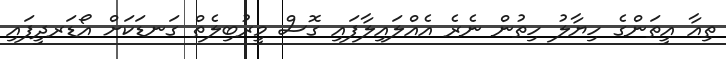
ތިއާ އީތަންގެ ހިޔާލު ހިތުން ނެރެ އެއްލައިލާފައި ގޮސް މީރުބިލެތް ގަނޑަކަށް އޯޑަރދީފައި